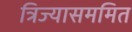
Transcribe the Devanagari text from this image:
त्रिज्यासममित